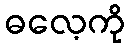
ဓလေ့ကို